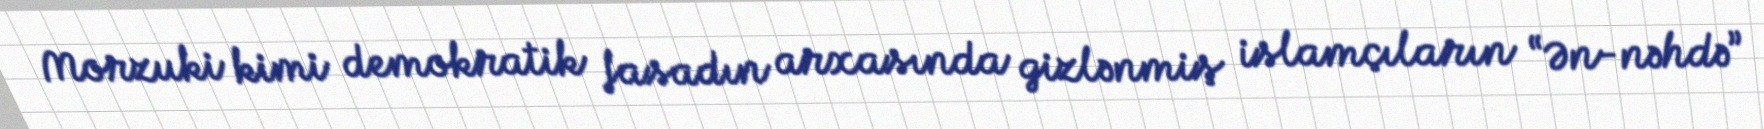
Morzuki kimi demokratik fasadın arxasında gizlənmiş islamçıların “Ən-nəhdə”